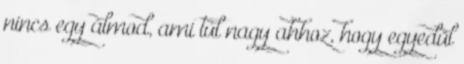
nincs egy álmod, ami túl nagy ahhoz, hogy egyedül